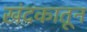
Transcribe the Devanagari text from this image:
खंदकातून